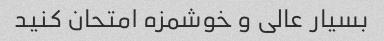
بسیار عالی و خوشمزه امتحان کنید